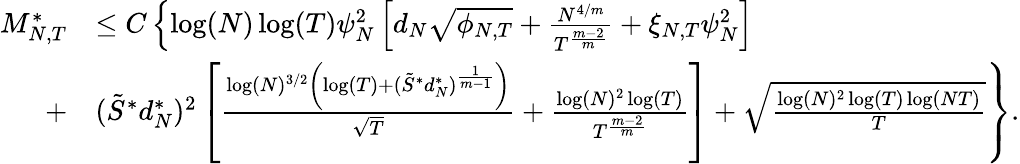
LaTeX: \begin{array}{rl}{{M_{N,T}^{*}}}&{\leq C\left\lbrace\log(N)\log(T)\psi_{N}^{2}\left[d_{N}\sqrt{\phi_{N,T}}+\frac{N^{4/m}}{T^{\frac{m-2}{m}}}+\xi_{N,T}\psi_{N}^{2}\right]\right.}\\ {+}&{\left.(\tilde{S}^{*}d_{N}^{*})^{2}\left[\frac{\log(N)^{3/2}\left(\log(T)+(\tilde{S}^{*}d_{N}^{*})^{\frac{1}{m-1}}\right)}{\sqrt{T}}+\frac{\log(N)^{2}\log(T)}{T^{\frac{m-2}{m}}}\right]+\sqrt{\frac{\log(N)^{2}\log(T)\log(NT)}{T}}\right\rbrace.}\end{array}